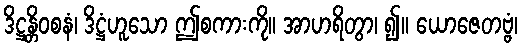
ဒိဋ္ဌန္တိဝစနံ၊ ဒိဋ္ဌံဟူသော ဤစကားကို။ အာဟရိတွာ၊ ၍။ ယောဇေတဗ္ဗံ၊